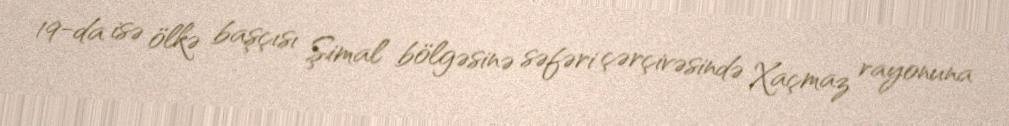
19-da isə ölkə başçısı Şimal bölgəsinə səfəri çərçivəsində Xaçmaz rayonuna